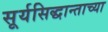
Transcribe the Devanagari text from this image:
सूर्यसिद्धान्ताच्या